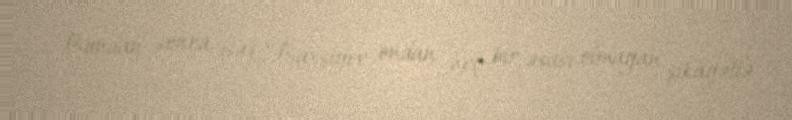
Bundan sonra isə Ç.Baxşıyev ondan heç bir əsası olmayan şikayətlə